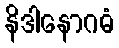
နိဒါနောဂဓံ